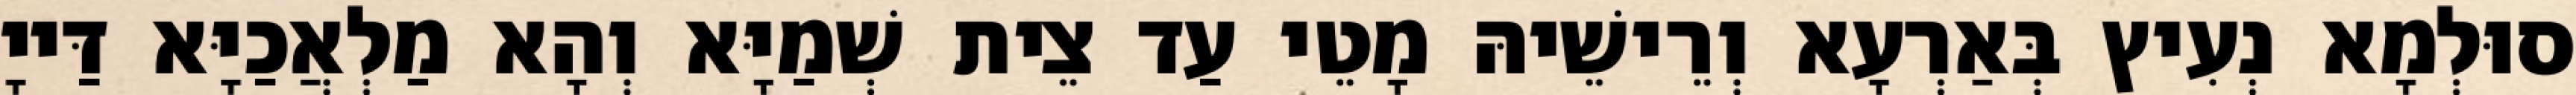
סוּלְמָא נְעִיץ בְּאַרְעָא וְרֵישֵׁיהּ מָטֵי עַד צֵית שְׁמַיָּא וְהָא מַלְאֲכַיָּא דַּייָ